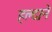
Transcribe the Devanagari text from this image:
हल्दाने